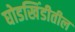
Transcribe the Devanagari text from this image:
घोडखिंडीतील